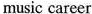
music career